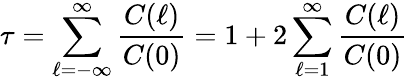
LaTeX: \tau=\sum_{\ell=-\infty}^{\infty}\frac{C(\ell)}{C(0)}=1+2\sum_{\ell=1}^{\infty}\frac{C(\ell)}{C(0)}